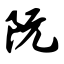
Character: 阮